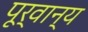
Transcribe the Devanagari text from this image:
पूर्वान्य